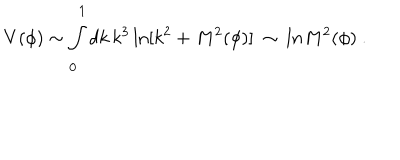
LaTeX: V ( \phi ) \sim \int _ { 0 } ^ { 1 } d k \, k ^ { 3 } \ln [ k ^ { 2 } + M ^ { 2 } ( \phi ) ] \ \sim \, l n M ^ { 2 } ( \phi ) \ .